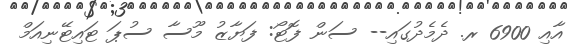
އާއި 6900 ރ. ދެމެދުގައި-- ސަން ފޮޓޯ: ފަޔާޒު މޫސާ ސުޕަ ޓައިޓޭނިއަމް